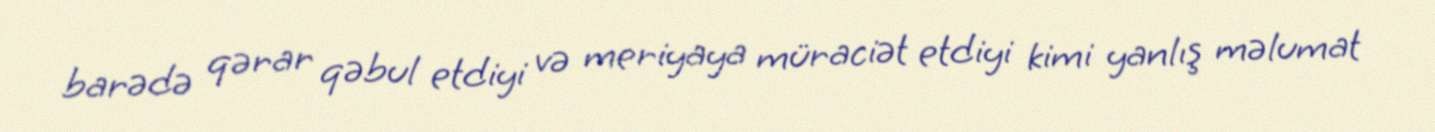
barədə qərar qəbul etdiyi və meriyaya müraciət etdiyi kimi yanlış məlumat